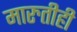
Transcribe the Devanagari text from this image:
मारुतीही